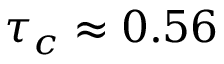
\tau _ { c } \approx 0 . 5 6